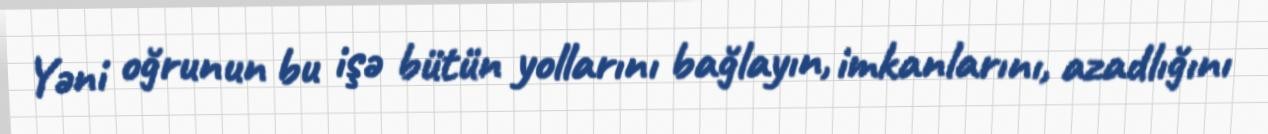
Yəni oğrunun bu işə bütün yollarını bağlayın, imkanlarını, azadlığını